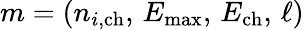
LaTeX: m=(n_{i,\mathrm{ch}},\, E_{\mathrm{max}},\, E_{\mathrm{ch}},\, \ell)